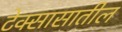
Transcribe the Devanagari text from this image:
टेक्सासातील